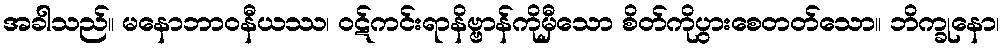
အခါသည်။ မနောဘာဝနီယဿ၊ ဝဋ်ကင်းရာနိဗ္ဗာန်ကိုမှီသော စိတ်ကိုပွားစေတတ်သော။ ဘိက္ခုနော၊